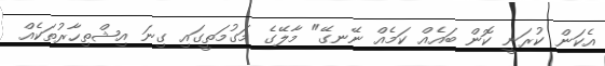
އެކަން ކުރަނީ ކޮން ބައެއް ކަމެއް ނޭނގޭ" މާލޭގެ މަގުމަތީގައި ގިނަ އިޝްތިހާރުތަކެއް